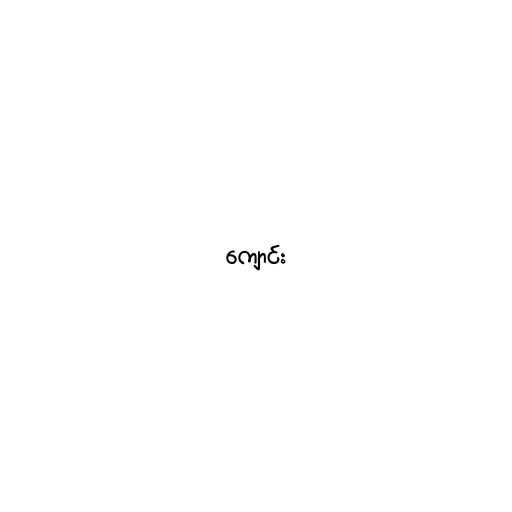
ကျောင်း